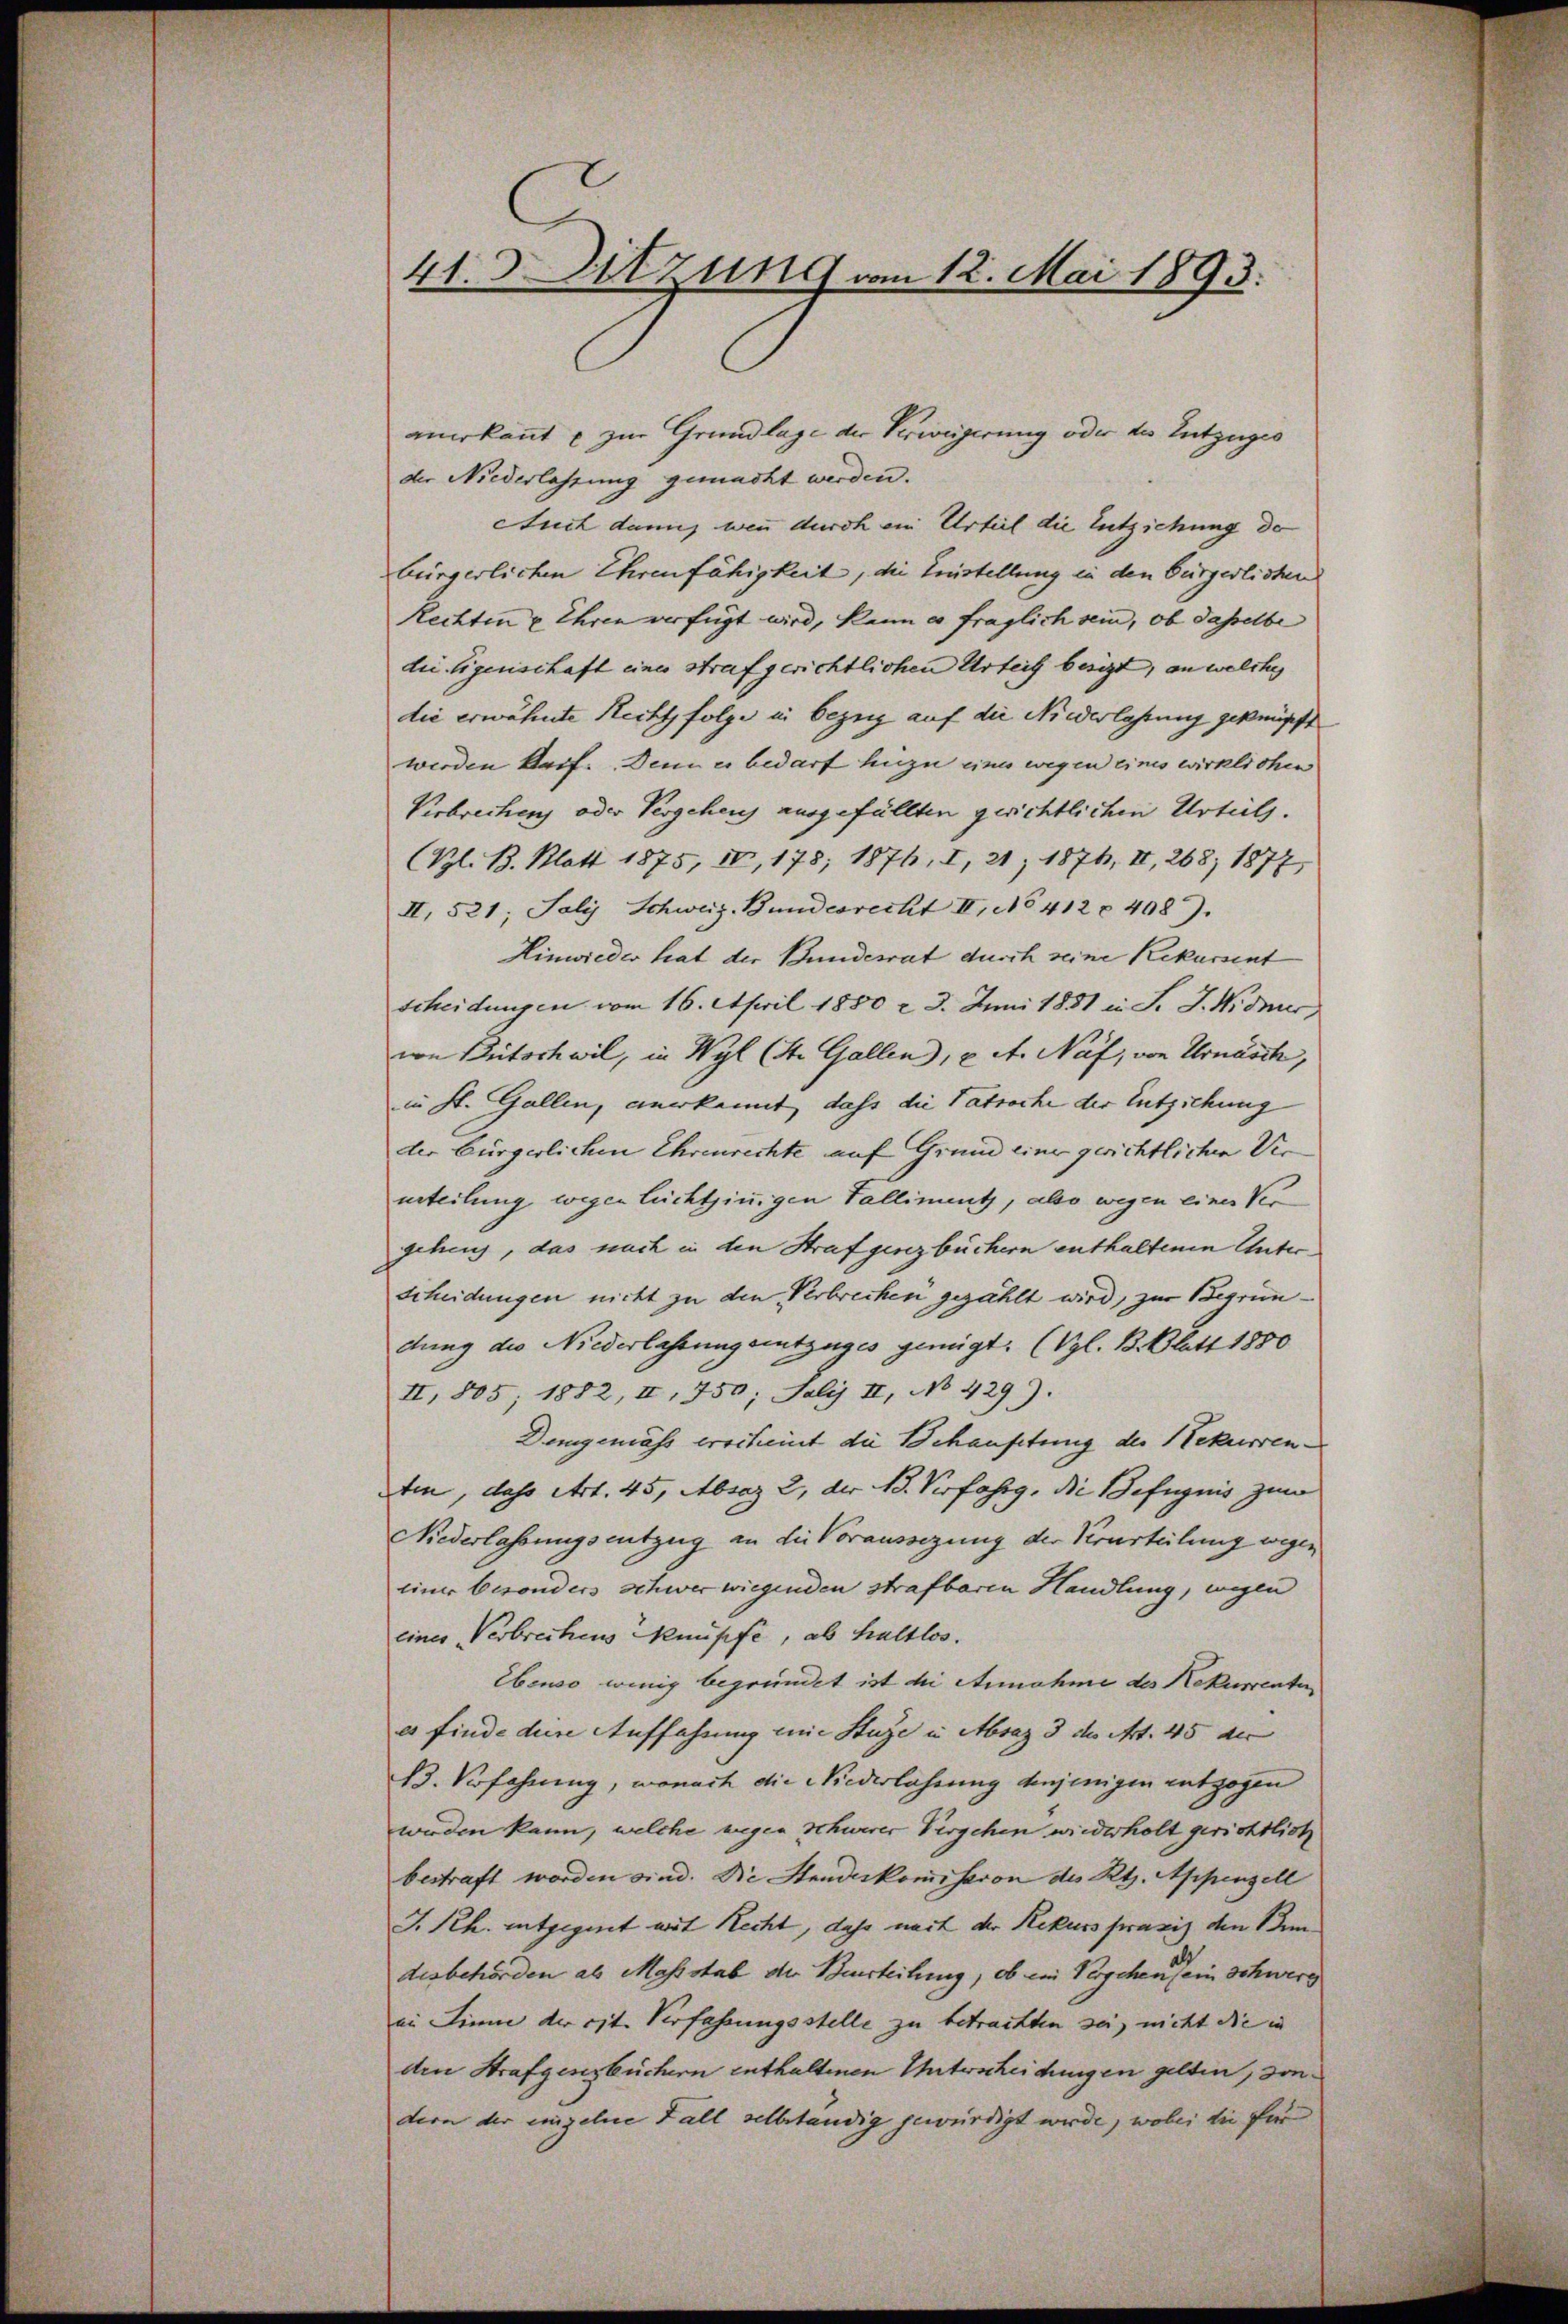
41. Sitzung vom 12. Mai 1893.

anerkannt u zur Grundlage der Verweigerung oder des Entzuges
der Niederlassung gemacht werden.
Auch dann wenn durch ein Urteil die Entziehung de
bürgerlichen Ehrenfähigkeit, die Erstellung in den Bürgerlichen
Rechten u Ehren verfügt wird, kann es fraglich sein, ob daselbe
die Eigenschaft eines strafgerichtlichen Urteil besizt, an welches
die erwähnte Recht folge in bezug auf die Niederlassung geknüpft
werden kauf. Denn es bedarf hiezu eines wegen eines wirklichen
Verbrechen oder Vergehens ausgefüllten gerichtlichen Urteils.
(Gl. B. Klatt 1875, IV, 175; 1876, I, 21 1876, II, 268, 1877
II, 521; Joly Schweiz. Bundesrecht II, No 412 f 408.
Hinwieder hat der Bundesrat durch seine Rekursent
scheidungen vom 16. April 1850 n 3. Juni 1881 in S. J. Widmer
von Britschwil, in Wyl (St. Gallen), u. A. Näf, von Urnasch,
in St. Gallen, anerkannt, dass die Patroche der Entziehung
der bürgerlichen Ehrenrechte auf Grund einer gerichtlichen Verurteilung wegen Lichtsinnigen Falliment, also wegen einer Ver
gehen, das nach in den Strafgesezbüchern enthaltenen Unter¬
Scheidungen nicht zu den Verbrechen gezählt wird, zur Begründung die Niederlassung eintzuges gemigt. (Vgl. B. Blatt 1850
II, 805; 1882, II, 750; Julij II, No 429).
Demgemäss erscheint die Behaufitung der Rekurren¬
Aten, dass Art. 45, Absaz 2, der B. Verfahrg. Die Befugnis zum
Niederlassungsentzug an die Voraussezung der Verurteilung wegen
einer besonders schwer wiegenden strafbaren Handlung, wegen
eines Verbrechens knüpfe, als haltlos.
Ebenso wenig begründet ist die Annahme des Rekurrenten
es finde der Auffahrung eine Huge in Absaz 3 des Art. 45 der
B3. Vorfahrung, wonach die Niederlassung denjenigen entzogen
werden kann, welche wegen Schwerer Vergehen wiederholt gerichtlich
bestraft worden sind. Die Standeskommission des Rt. Appenzell
J. Rh. entgegnet mit Recht, dass mit der Rekurs praxis den Bendesbehörden als Massstab der Beurteilung, ob ein Vergehen sein Schwerg
in Linne der cit. Verfassungsstelle zu betrachten sei, nicht die in
den Strafgesezbüchern enthaltenen Unterscheidungen gelten, sondern der einzelne Fall selbständig gewürdigt werde, wobei die für